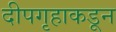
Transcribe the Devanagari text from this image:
दीपगृहाकडून